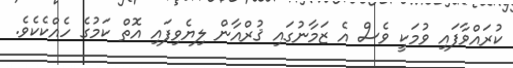
ކުރައްވާފައި ވުމަކީ ވެސް އެ ޒަމާނުގައި ޤުރްއާން ލިޔެވިފައި އޮތް ކަމުގެ ހެއްކެކެވެ.